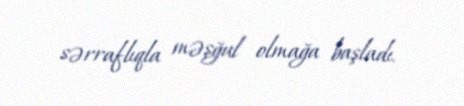
sərraflıqla məşğul olmağa başladı.